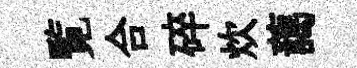
覧合碎炊藹